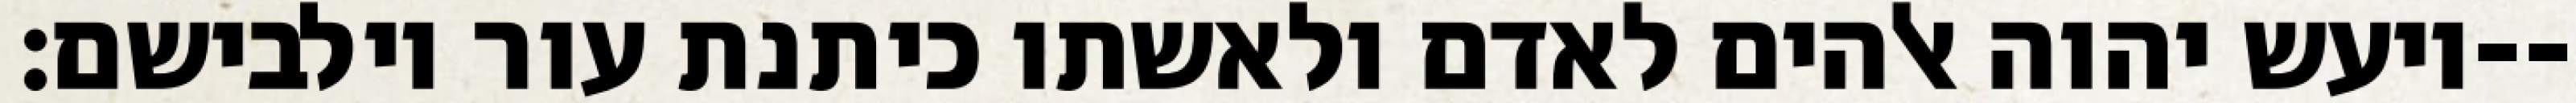
ויעש יהוה אלהים לאדם ולאשתו כיתנת עור וילבישם׃--